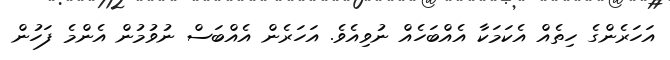
އަހަރެންގެ ހިތެއް އެކަމަކާ އެއްބަހެއް ނުވިއެވެ. އަހަރެން އެއްބަސް ނުވުމުން އެންމެ ފަހުން